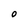
Character: O